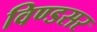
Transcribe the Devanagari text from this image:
विण्डसर